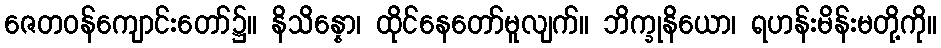
ဇေတဝန်ကျောင်းတော်၌။ နိသိန္နော၊ ထိုင်နေတော်မူလျက်။ ဘိက္ခုနိယော၊ ရဟန်းမိန်းမတို့ကို။